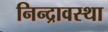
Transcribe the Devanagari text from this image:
निन्द्रावस्था